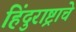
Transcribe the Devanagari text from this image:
हिंदुराष्ट्राचे